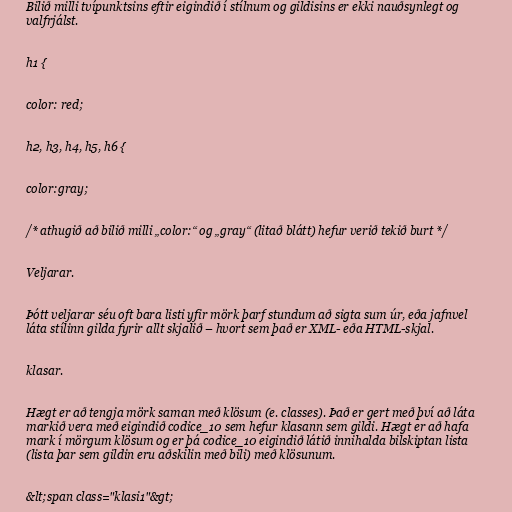
Bilið milli tvípunktsins eftir eigindið í stílnum og gildisins er ekki nauðsynlegt og
valfrjálst.

h1 {

color: red;

h2, h3, h4, h5, h6 {

color:gray;

/* athugið að bilið milli „color:“ og „gray“ (litað blátt) hefur verið tekið burt */

Veljarar.

Þótt veljarar séu oft bara listi yfir mörk þarf stundum að sigta sum úr, eða jafnvel
láta stílinn gilda fyrir allt skjalið – hvort sem það er XML- eða HTML-skjal.

klasar.

Hægt er að tengja mörk saman með klösum (e. classes). Það er gert með því að láta
markið vera með eigindið codice_10 sem hefur klasann sem gildi. Hægt er að hafa
mark í mörgum klösum og er þá codice_10 eigindið látið innihalda bilskiptan lista
(lista þar sem gildin eru aðskilin með bili) með klösunum.

&lt;span class="klasi1"&gt;